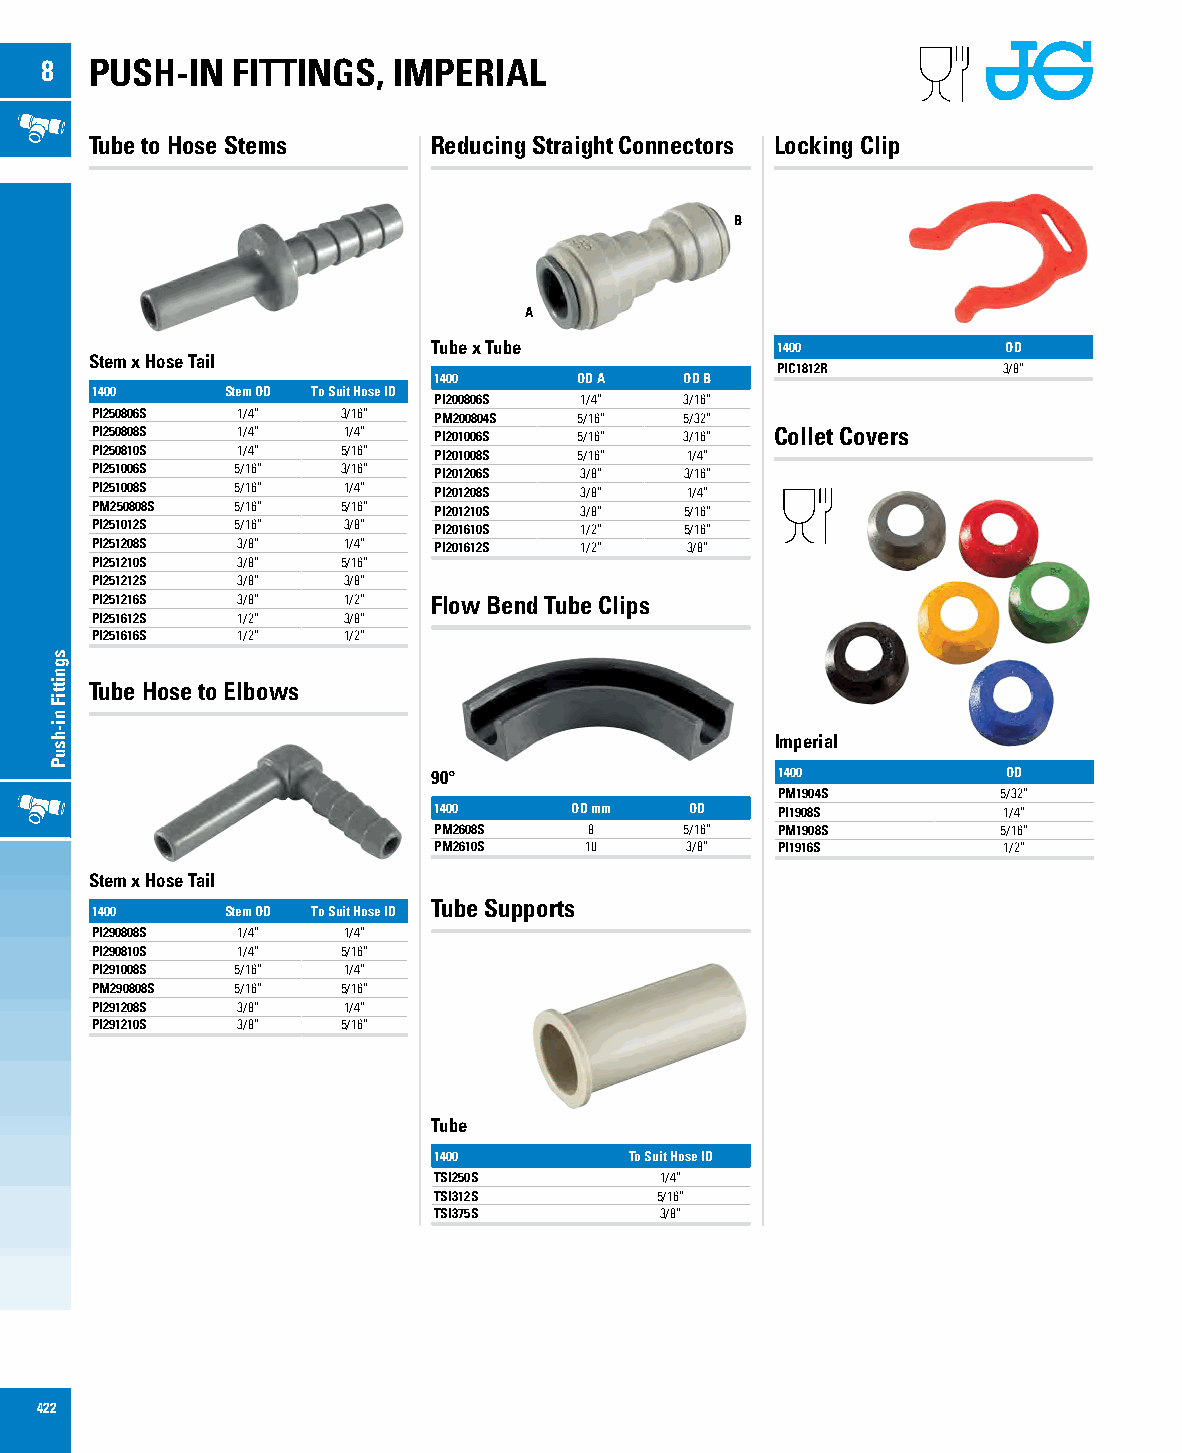
8  PUSH-IN  FITTINGS,  IMPERIAL
 Tube to Hose Stems     Reducing Straight Connectors Locking Clip
 B
 A
 Tube x Tube           1400            OD
 Stem x Hose Tail
 PIC1812R       3/8”
 1400     OD A   OD B
 1400     Stem OD To Suit Hose ID
 PI200806S 1/4”  3/16”
 PI250806S 1/4”   3/16” PM200804S 5/16” 5/32”
 PI250808S 1/4”   1/4”  PI201006S 5/16” 3/16” Collet Covers
 PI250810S 1/4”   5/16” PI201008S 5/16” 1/4”
 PI251006S 5/16”  3/16” PI201206S 3/8”  3/16”
 PI251008S 5/16”  1/4”  PI201208S 3/8”  1/4”
 PM250808S 5/16”  5/16” PI201210S 3/8”  5/16”
 PI251012S 5/16”  3/8”  PI201610S 1/2”  5/16”
 PI251208S 3/8”   1/4”  PI201612S 1/2”  3/8”
 PI251210S 3/8”   5/16”
 PI251212S 3/8”   3/8”
 PI251216S 3/8”   1/2”  Flow Bend Tube Clips
 PI251612S 1/2”   3/8”
 PI251616S 1/2”   1/2”
 Tube Hose to Elbows
 Imperial
 90°                   1400            OD
 PM1904S        5/32”
 1400     OD mm   OD   PI1908S        1/4”
 PM2608S   8     5/16” PM1908S        5/16”
 PM2610S   10    3/8”  PI1916S        1/2”
 Stem x Hose Tail
 Tube Supports
 1400     Stem OD To Suit Hose ID
 PI290808S 1/4”   1/4”
 PI290810S 1/4”   5/16”
 PI291008S 5/16”  1/4”
 PM290808S 5/16”  5/16”
 PI291208S 3/8”   1/4”
 PI291210S 3/8”   5/16”
 Tube
 1400         To Suit Hose ID
 TSI250S        1/4”
 TSI312S       5/16”
 TSI375S        3/8”
 422
 sgnittiF
 ni-hsuP